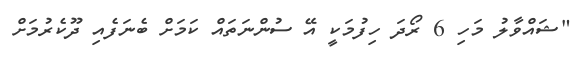
"ޝައްވާލު މަހި 6 ރޯދަ ހިފުމަކީ އޭ ސުންނަތައް ކަމަށް ބެނަފެއި ދޫކެރުމަށް